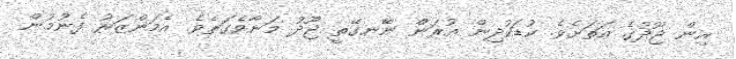
އިން ޖޫދުގެ އަތަށެވެ. ކުޑަކުދިން އުރަން ނޭނގޭތީ ޖޫދު މަނާވެގަތެވެ. އެމަންޒަރު ފެނުމުން